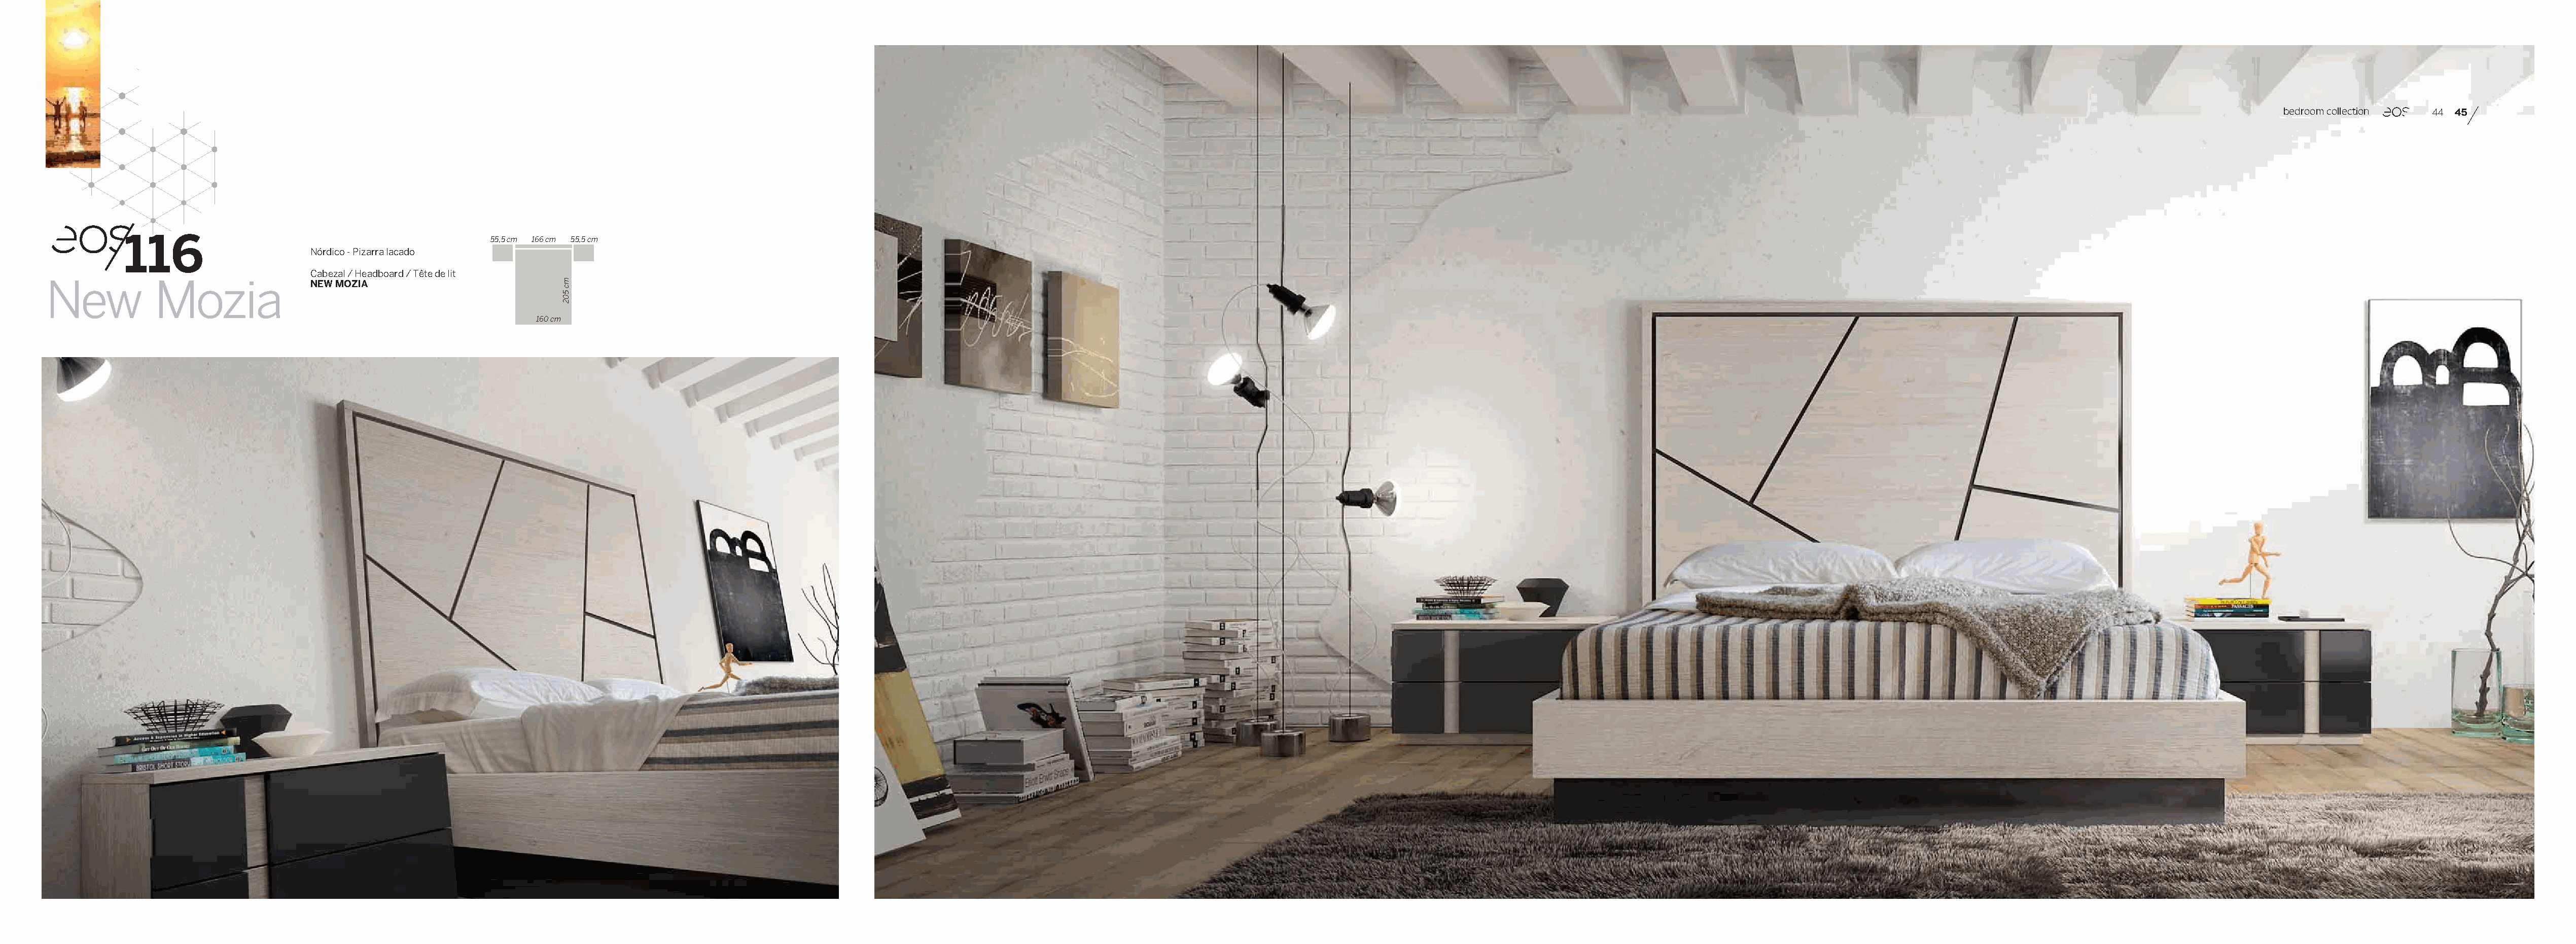
bedroom collection 44 45
 116
 55,5 cm 166 cm 55,5 cm
 Nórdico - Pizarra lacado
 Cabezal / Headboard / Tête de lit
 New           Mozia                NEW MOZIA
 160 cm
 mc
 502